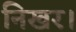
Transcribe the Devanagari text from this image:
निखर।